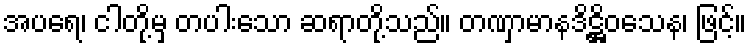
အပရေ၊ ငါတို့မှ တပါးသော ဆရာတို့သည်။ တဏှာမာနဒိဋ္ဌိဝသေန၊ ဖြင့်။